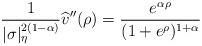
LaTeX: \begin{align*} \frac 1 {|\sigma|_\eta^{2(1-\alpha)}} \widehat v''(\rho) = \frac {e^{\alpha \rho}}{(1+e^\rho)^{1 + \alpha}}\end{align*}